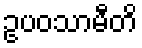
ဥပဝသာမီတိ